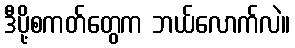
ဒီပို့စကတ်တွေက ဘယ်လောက်လဲ။